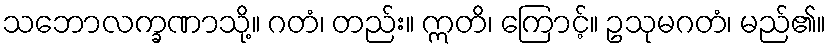
သဘောလက္ခဏာသို့။ ဂတံ၊ တည်း။ ဣတိ၊ ကြောင့်။ ဥသုမဂတံ၊ မည်၏။